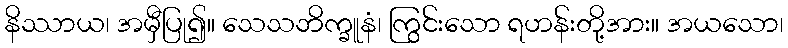
နိဿာယ၊ အမှီပြု၍။ သေသဘိက္ခူနံ၊ ကြွင်းသော ရဟန်းတို့အား။ အယသော၊